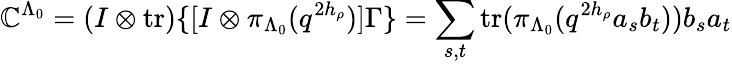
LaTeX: \mathbb{C}^{\Lambda_{0}}=(I\otimes\mathrm{{tr}})\{ [I\otimes\pi_{\Lambda_{0}}(q^{2h_{\rho}})]\Gamma\} =\sum_{s,t}\mathrm{{tr}}(\pi_{\Lambda_{0}}(q^{2h_{\rho}}a_{s}b_{t}))b_{s}a_{t}